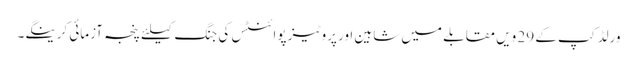
ورلڈ کپ کے 29 ویں مقابلے میں شاہین اور پروٹیز پوائنٹس کی جنگ کیلئے پنجہ آزمائی کرینگے۔